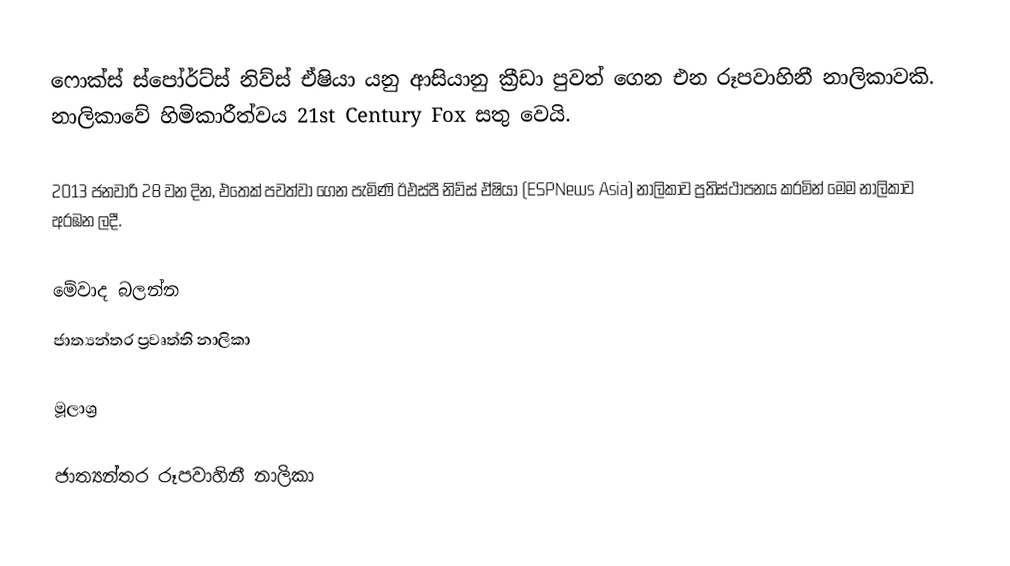
ෆොක්ස් ස්පෝර්ට්ස් නිව්ස් ඒෂියා යනු ආසියානු ක්‍රීඩා පුවත් ගෙන එන රූපවාහිනී නාලිකාවකි. නාලිකාවේ හිමිකාරීත්වය 21st Century Fox සතු වෙයි.

2013 ජනවාරි 28 වන දින, එතෙක් පවත්වා ගෙන පැමිණි ඊඑස්පී නිව්ස් ඒෂියා (ESPNews Asia) නාලිකාව ප්‍රතිස්ථාපනය කරමින් මෙම නාලිකාව අරඹන ලදී.

මේවාද බලන්න
 ජාත්‍යන්තර ප්‍රවෘත්ති නාලිකා

මූලාශ්‍ර

ජාත්‍යන්තර රූපවාහිනී නාලිකා